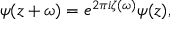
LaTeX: \psi ( z + \omega ) = e ^ { 2 \pi i \zeta ( \omega ) } \psi ( z ) ,